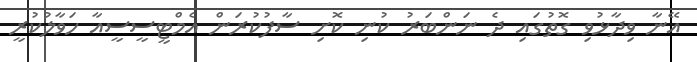
އޭނާ ވިދާޅުވި ގޮތުގައި ދެ ނަންބަރު ކުނި ކޮށި ސާފުކުރަން އެމްޓީސީސީއާ ހަވާލުކުރީ